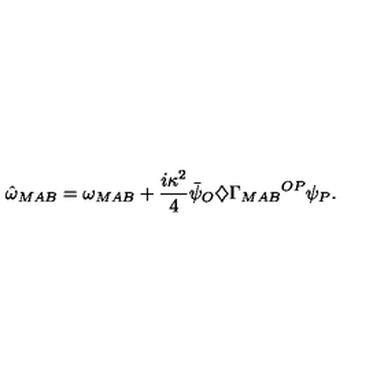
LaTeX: { \hat { \omega } } _ { M A B } = \omega _ { M A B } + \frac { i \kappa ^ { 2 } } { 4 } { \bar { \psi } } _ { O } \diamondsuit { \Gamma _ { M A B } } ^ { O P } \psi _ { P } .